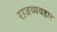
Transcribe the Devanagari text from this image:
राजव्यवहार